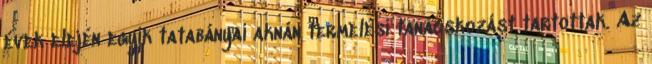
évek elején egyik tatabányai aknán termelési tanácskozást tartottak. Az